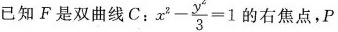
已知F是双曲线C；z $$x^{2}- \frac{y^{2}}{3}=1$$ 的右焦点，P